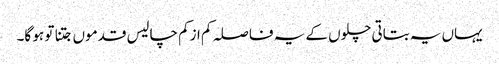
یہاں یہ بتاتی چلوں کے یہ فاصلہ کم ازکم چالیس قدموں جتنا تو ہو گا۔